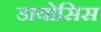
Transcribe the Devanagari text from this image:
डायोसिस